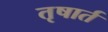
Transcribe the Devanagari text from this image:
तृषार्त